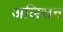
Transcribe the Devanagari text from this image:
अलिसन